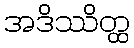
အဒိဿိတ္ထ